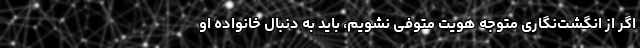
اگر از انگشت‌نگاری متوجه هویت متوفی نشویم، باید به دنبال خانواده او